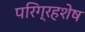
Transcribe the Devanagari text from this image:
परिग्रहशेष